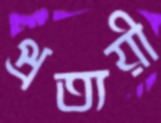
প্রত্যয়ী